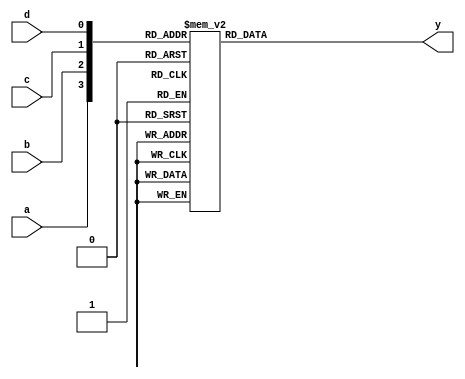
module ap_com_4_index_0(
	input wire a,
	input wire b,
	input wire c,
	input wire d,
	output reg y
);

always @(*) begin
	case({a, b, c, d})
		4'b0000: y = 0;
		4'b0001: y = 1;
		4'b0010: y = 1;
		4'b0011: y = 0;
		4'b0100: y = 0;
		4'b0101: y = 0;
		4'b0110: y = 1;
		4'b0111: y = 0;
		4'b1000: y = 0;
		4'b1001: y = 0;
		4'b1010: y = 1;
		4'b1011: y = 0;
		4'b1100: y = 0;
		4'b1101: y = 1;
		4'b1110: y = 1;
		4'b1111: y = 0;
		default:;
	endcase
end

endmodule


module ap_com_4_index_1(
	input wire a,
	input wire b,
	input wire c,
	input wire d,
	output reg y
);

always @(*) begin
	case({a, b, c, d})
		4'b0000: y = 0;
		4'b0001: y = 1;
		4'b0010: y = 1;
		4'b0011: y = 1;
		4'b0100: y = 0;
		4'b0101: y = 0;
		4'b0110: y = 1;
		4'b0111: y = 1;
		4'b1000: y = 1;
		4'b1001: y = 1;
		4'b1010: y = 1;
		4'b1011: y = 0;
		4'b1100: y = 1;
		4'b1101: y = 0;
		4'b1110: y = 1;
		4'b1111: y = 1;
		default:;
	endcase
end

endmodule


module ap_com_4_index_2(
	input wire a,
	input wire b,
	input wire c,
	input wire d,
	output reg y
);

always @(*) begin
	case({a, b, c, d})
		4'b0000: y = 1;
		4'b0001: y = 1;
		4'b0010: y = 1;
		4'b0011: y = 0;
		4'b0100: y = 1;
		4'b0101: y = 1;
		4'b0110: y = 0;
		4'b0111: y = 1;
		4'b1000: y = 1;
		4'b1001: y = 1;
		4'b1010: y = 0;
		4'b1011: y = 0;
		4'b1100: y = 1;
		4'b1101: y = 1;
		4'b1110: y = 1;
		4'b1111: y = 0;
		default:;
	endcase
end

endmodule


module ap_com_3_index_3(
	input wire a,
	input wire b,
	input wire c,
	output reg y
);

always @(*) begin
	case({a, b, c})
		3'b000: y = 1;
		3'b001: y = 0;
		3'b010: y = 1;
		3'b011: y = 1;
		3'b100: y = 1;
		3'b101: y = 0;
		3'b110: y = 0;
		3'b111: y = 0;
		default:;
	endcase
end

endmodule


module ap_com_4_index_4(
	input wire a,
	input wire b,
	input wire c,
	input wire d,
	output reg y
);

always @(*) begin
	case({a, b, c, d})
		4'b0000: y = 1;
		4'b0001: y = 0;
		4'b0010: y = 0;
		4'b0011: y = 1;
		4'b0100: y = 1;
		4'b0101: y = 1;
		4'b0110: y = 0;
		4'b0111: y = 0;
		4'b1000: y = 1;
		4'b1001: y = 0;
		4'b1010: y = 0;
		4'b1011: y = 1;
		4'b1100: y = 0;
		4'b1101: y = 1;
		4'b1110: y = 0;
		4'b1111: y = 0;
		default:;
	endcase
end

endmodule


module ap_com_4_index_5(
	input wire a,
	input wire b,
	input wire c,
	input wire d,
	output reg y
);

always @(*) begin
	case({a, b, c, d})
		4'b0000: y = 0;
		4'b0001: y = 1;
		4'b0010: y = 0;
		4'b0011: y = 1;
		4'b0100: y = 0;
		4'b0101: y = 0;
		4'b0110: y = 0;
		4'b0111: y = 1;
		4'b1000: y = 0;
		4'b1001: y = 0;
		4'b1010: y = 1;
		4'b1011: y = 0;
		4'b1100: y = 0;
		4'b1101: y = 1;
		4'b1110: y = 0;
		4'b1111: y = 0;
		default:;
	endcase
end

endmodule


module ap_com_4_index_6(
	input wire a,
	input wire b,
	input wire c,
	input wire d,
	output reg y
);

always @(*) begin
	case({a, b, c, d})
		4'b0000: y = 1;
		4'b0001: y = 0;
		4'b0010: y = 0;
		4'b0011: y = 0;
		4'b0100: y = 1;
		4'b0101: y = 1;
		4'b0110: y = 1;
		4'b0111: y = 1;
		4'b1000: y = 1;
		4'b1001: y = 1;
		4'b1010: y = 1;
		4'b1011: y = 0;
		4'b1100: y = 1;
		4'b1101: y = 1;
		4'b1110: y = 1;
		4'b1111: y = 0;
		default:;
	endcase
end

endmodule


module ap_com_4_index_7(
	input wire a,
	input wire b,
	input wire c,
	input wire d,
	output reg y
);

always @(*) begin
	case({a, b, c, d})
		4'b0000: y = 0;
		4'b0001: y = 0;
		4'b0010: y = 0;
		4'b0011: y = 1;
		4'b0100: y = 0;
		4'b0101: y = 0;
		4'b0110: y = 0;
		4'b0111: y = 1;
		4'b1000: y = 1;
		4'b1001: y = 1;
		4'b1010: y = 0;
		4'b1011: y = 1;
		4'b1100: y = 1;
		4'b1101: y = 1;
		4'b1110: y = 1;
		4'b1111: y = 0;
		default:;
	endcase
end

endmodule


module ap_com_4_index_8(
	input wire a,
	input wire b,
	input wire c,
	input wire d,
	output reg y
);

always @(*) begin
	case({a, b, c, d})
		4'b0000: y = 0;
		4'b0001: y = 0;
		4'b0010: y = 1;
		4'b0011: y = 1;
		4'b0100: y = 0;
		4'b0101: y = 0;
		4'b0110: y = 0;
		4'b0111: y = 1;
		4'b1000: y = 1;
		4'b1001: y = 0;
		4'b1010: y = 1;
		4'b1011: y = 0;
		4'b1100: y = 0;
		4'b1101: y = 0;
		4'b1110: y = 0;
		4'b1111: y = 1;
		default:;
	endcase
end

endmodule


module ap_com_3_index_9(
	input wire a,
	input wire b,
	input wire c,
	output reg y
);

always @(*) begin
	case({a, b, c})
		3'b000: y = 0;
		3'b001: y = 1;
		3'b010: y = 0;
		3'b011: y = 1;
		3'b100: y = 0;
		3'b101: y = 0;
		3'b110: y = 1;
		3'b111: y = 1;
		default:;
	endcase
end

endmodule


module ap_com_4_index_10(
	input wire a,
	input wire b,
	input wire c,
	input wire d,
	output reg y
);

always @(*) begin
	case({a, b, c, d})
		4'b0000: y = 1;
		4'b0001: y = 0;
		4'b0010: y = 1;
		4'b0011: y = 1;
		4'b0100: y = 1;
		4'b0101: y = 0;
		4'b0110: y = 1;
		4'b0111: y = 1;
		4'b1000: y = 0;
		4'b1001: y = 1;
		4'b1010: y = 1;
		4'b1011: y = 0;
		4'b1100: y = 0;
		4'b1101: y = 1;
		4'b1110: y = 0;
		4'b1111: y = 1;
		default:;
	endcase
end

endmodule


module ap_com_4_index_11(
	input wire a,
	input wire b,
	input wire c,
	input wire d,
	output reg y
);

always @(*) begin
	case({a, b, c, d})
		4'b0000: y = 1;
		4'b0001: y = 0;
		4'b0010: y = 0;
		4'b0011: y = 0;
		4'b0100: y = 0;
		4'b0101: y = 1;
		4'b0110: y = 0;
		4'b0111: y = 0;
		4'b1000: y = 1;
		4'b1001: y = 0;
		4'b1010: y = 0;
		4'b1011: y = 1;
		4'b1100: y = 1;
		4'b1101: y = 0;
		4'b1110: y = 0;
		4'b1111: y = 1;
		default:;
	endcase
end

endmodule


module ap_com_2_index_12(
	input wire a,
	input wire b,
	output reg y
);

always @(*) begin
	case({a, b})
		2'b00: y = 1;
		2'b01: y = 0;
		2'b10: y = 0;
		2'b11: y = 0;
		default:;
	endcase
end

endmodule


module ap_com_4_index_13(
	input wire a,
	input wire b,
	input wire c,
	input wire d,
	output reg y
);

always @(*) begin
	case({a, b, c, d})
		4'b0000: y = 0;
		4'b0001: y = 0;
		4'b0010: y = 0;
		4'b0011: y = 0;
		4'b0100: y = 1;
		4'b0101: y = 0;
		4'b0110: y = 1;
		4'b0111: y = 0;
		4'b1000: y = 0;
		4'b1001: y = 0;
		4'b1010: y = 0;
		4'b1011: y = 0;
		4'b1100: y = 0;
		4'b1101: y = 0;
		4'b1110: y = 1;
		4'b1111: y = 0;
		default:;
	endcase
end

endmodule


module ap_com_4_index_14(
	input wire a,
	input wire b,
	input wire c,
	input wire d,
	output reg y
);

always @(*) begin
	case({a, b, c, d})
		4'b0000: y = 1;
		4'b0001: y = 0;
		4'b0010: y = 0;
		4'b0011: y = 0;
		4'b0100: y = 0;
		4'b0101: y = 1;
		4'b0110: y = 0;
		4'b0111: y = 0;
		4'b1000: y = 0;
		4'b1001: y = 1;
		4'b1010: y = 0;
		4'b1011: y = 0;
		4'b1100: y = 1;
		4'b1101: y = 0;
		4'b1110: y = 0;
		4'b1111: y = 1;
		default:;
	endcase
end

endmodule


module ap_com_4_index_15(
	input wire a,
	input wire b,
	input wire c,
	input wire d,
	output reg y
);

always @(*) begin
	case({a, b, c, d})
		4'b0000: y = 0;
		4'b0001: y = 1;
		4'b0010: y = 0;
		4'b0011: y = 0;
		4'b0100: y = 1;
		4'b0101: y = 1;
		4'b0110: y = 1;
		4'b0111: y = 0;
		4'b1000: y = 0;
		4'b1001: y = 1;
		4'b1010: y = 0;
		4'b1011: y = 1;
		4'b1100: y = 0;
		4'b1101: y = 0;
		4'b1110: y = 0;
		4'b1111: y = 0;
		default:;
	endcase
end

endmodule


module ap_com_4_index_16(
	input wire a,
	input wire b,
	input wire c,
	input wire d,
	output reg y
);

always @(*) begin
	case({a, b, c, d})
		4'b0000: y = 0;
		4'b0001: y = 1;
		4'b0010: y = 1;
		4'b0011: y = 0;
		4'b0100: y = 0;
		4'b0101: y = 1;
		4'b0110: y = 0;
		4'b0111: y = 0;
		4'b1000: y = 0;
		4'b1001: y = 1;
		4'b1010: y = 1;
		4'b1011: y = 1;
		4'b1100: y = 0;
		4'b1101: y = 1;
		4'b1110: y = 1;
		4'b1111: y = 0;
		default:;
	endcase
end

endmodule


module ap_com_4_index_17(
	input wire a,
	input wire b,
	input wire c,
	input wire d,
	output reg y
);

always @(*) begin
	case({a, b, c, d})
		4'b0000: y = 1;
		4'b0001: y = 0;
		4'b0010: y = 0;
		4'b0011: y = 0;
		4'b0100: y = 0;
		4'b0101: y = 1;
		4'b0110: y = 0;
		4'b0111: y = 0;
		4'b1000: y = 1;
		4'b1001: y = 0;
		4'b1010: y = 0;
		4'b1011: y = 0;
		4'b1100: y = 0;
		4'b1101: y = 1;
		4'b1110: y = 0;
		4'b1111: y = 1;
		default:;
	endcase
end

endmodule


module ap_com_3_index_18(
	input wire a,
	input wire b,
	input wire c,
	output reg y
);

always @(*) begin
	case({a, b, c})
		3'b000: y = 1;
		3'b001: y = 1;
		3'b010: y = 0;
		3'b011: y = 1;
		3'b100: y = 0;
		3'b101: y = 0;
		3'b110: y = 0;
		3'b111: y = 1;
		default:;
	endcase
end

endmodule


module ap_com_4_index_19(
	input wire a,
	input wire b,
	input wire c,
	input wire d,
	output reg y
);

always @(*) begin
	case({a, b, c, d})
		4'b0000: y = 1;
		4'b0001: y = 0;
		4'b0010: y = 1;
		4'b0011: y = 1;
		4'b0100: y = 1;
		4'b0101: y = 1;
		4'b0110: y = 1;
		4'b0111: y = 0;
		4'b1000: y = 0;
		4'b1001: y = 0;
		4'b1010: y = 0;
		4'b1011: y = 0;
		4'b1100: y = 1;
		4'b1101: y = 1;
		4'b1110: y = 0;
		4'b1111: y = 1;
		default:;
	endcase
end

endmodule


module ap_com_2_index_20(
	input wire a,
	input wire b,
	output reg y
);

always @(*) begin
	case({a, b})
		2'b00: y = 0;
		2'b01: y = 1;
		2'b10: y = 0;
		2'b11: y = 0;
		default:;
	endcase
end

endmodule


module ap_com_4_index_21(
	input wire a,
	input wire b,
	input wire c,
	input wire d,
	output reg y
);

always @(*) begin
	case({a, b, c, d})
		4'b0000: y = 1;
		4'b0001: y = 1;
		4'b0010: y = 1;
		4'b0011: y = 1;
		4'b0100: y = 0;
		4'b0101: y = 0;
		4'b0110: y = 1;
		4'b0111: y = 1;
		4'b1000: y = 0;
		4'b1001: y = 1;
		4'b1010: y = 0;
		4'b1011: y = 0;
		4'b1100: y = 0;
		4'b1101: y = 0;
		4'b1110: y = 0;
		4'b1111: y = 0;
		default:;
	endcase
end

endmodule


module ap_com_4_index_22(
	input wire a,
	input wire b,
	input wire c,
	input wire d,
	output reg y
);

always @(*) begin
	case({a, b, c, d})
		4'b0000: y = 1;
		4'b0001: y = 0;
		4'b0010: y = 0;
		4'b0011: y = 1;
		4'b0100: y = 0;
		4'b0101: y = 1;
		4'b0110: y = 1;
		4'b0111: y = 0;
		4'b1000: y = 1;
		4'b1001: y = 0;
		4'b1010: y = 0;
		4'b1011: y = 1;
		4'b1100: y = 1;
		4'b1101: y = 0;
		4'b1110: y = 0;
		4'b1111: y = 1;
		default:;
	endcase
end

endmodule


module ap_com_3_index_23(
	input wire a,
	input wire b,
	input wire c,
	output reg y
);

always @(*) begin
	case({a, b, c})
		3'b000: y = 1;
		3'b001: y = 1;
		3'b010: y = 0;
		3'b011: y = 0;
		3'b100: y = 1;
		3'b101: y = 0;
		3'b110: y = 1;
		3'b111: y = 0;
		default:;
	endcase
end

endmodule


module ap_com_2_index_24(
	input wire a,
	input wire b,
	output reg y
);

always @(*) begin
	case({a, b})
		2'b00: y = 0;
		2'b01: y = 1;
		2'b10: y = 1;
		2'b11: y = 1;
		default:;
	endcase
end

endmodule


module ap_com_3_index_25(
	input wire a,
	input wire b,
	input wire c,
	output reg y
);

always @(*) begin
	case({a, b, c})
		3'b000: y = 0;
		3'b001: y = 0;
		3'b010: y = 0;
		3'b011: y = 0;
		3'b100: y = 1;
		3'b101: y = 1;
		3'b110: y = 1;
		3'b111: y = 1;
		default:;
	endcase
end

endmodule


module ap_com_3_index_26(
	input wire a,
	input wire b,
	input wire c,
	output reg y
);

always @(*) begin
	case({a, b, c})
		3'b000: y = 0;
		3'b001: y = 0;
		3'b010: y = 0;
		3'b011: y = 0;
		3'b100: y = 0;
		3'b101: y = 0;
		3'b110: y = 0;
		3'b111: y = 0;
		default:;
	endcase
end

endmodule


module ap_com_3_index_27(
	input wire a,
	input wire b,
	input wire c,
	output reg y
);

always @(*) begin
	case({a, b, c})
		3'b000: y = 0;
		3'b001: y = 0;
		3'b010: y = 0;
		3'b011: y = 1;
		3'b100: y = 1;
		3'b101: y = 1;
		3'b110: y = 0;
		3'b111: y = 0;
		default:;
	endcase
end

endmodule


module ap_com_3_index_28(
	input wire a,
	input wire b,
	input wire c,
	output reg y
);

always @(*) begin
	case({a, b, c})
		3'b000: y = 0;
		3'b001: y = 1;
		3'b010: y = 1;
		3'b011: y = 0;
		3'b100: y = 0;
		3'b101: y = 0;
		3'b110: y = 1;
		3'b111: y = 0;
		default:;
	endcase
end

endmodule


module ap_com_2_index_29(
	input wire a,
	input wire b,
	output reg y
);

always @(*) begin
	case({a, b})
		2'b00: y = 1;
		2'b01: y = 0;
		2'b10: y = 0;
		2'b11: y = 0;
		default:;
	endcase
end

endmodule


module ap_com_2_index_30(
	input wire a,
	input wire b,
	output reg y
);

always @(*) begin
	case({a, b})
		2'b00: y = 1;
		2'b01: y = 1;
		2'b10: y = 0;
		2'b11: y = 1;
		default:;
	endcase
end

endmodule


module ap_com_2_index_31(
	input wire a,
	input wire b,
	output reg y
);

always @(*) begin
	case({a, b})
		2'b00: y = 1;
		2'b01: y = 0;
		2'b10: y = 1;
		2'b11: y = 0;
		default:;
	endcase
end

endmodule


module ap_com_2_index_32(
	input wire a,
	input wire b,
	output reg y
);

always @(*) begin
	case({a, b})
		2'b00: y = 0;
		2'b01: y = 0;
		2'b10: y = 1;
		2'b11: y = 1;
		default:;
	endcase
end

endmodule